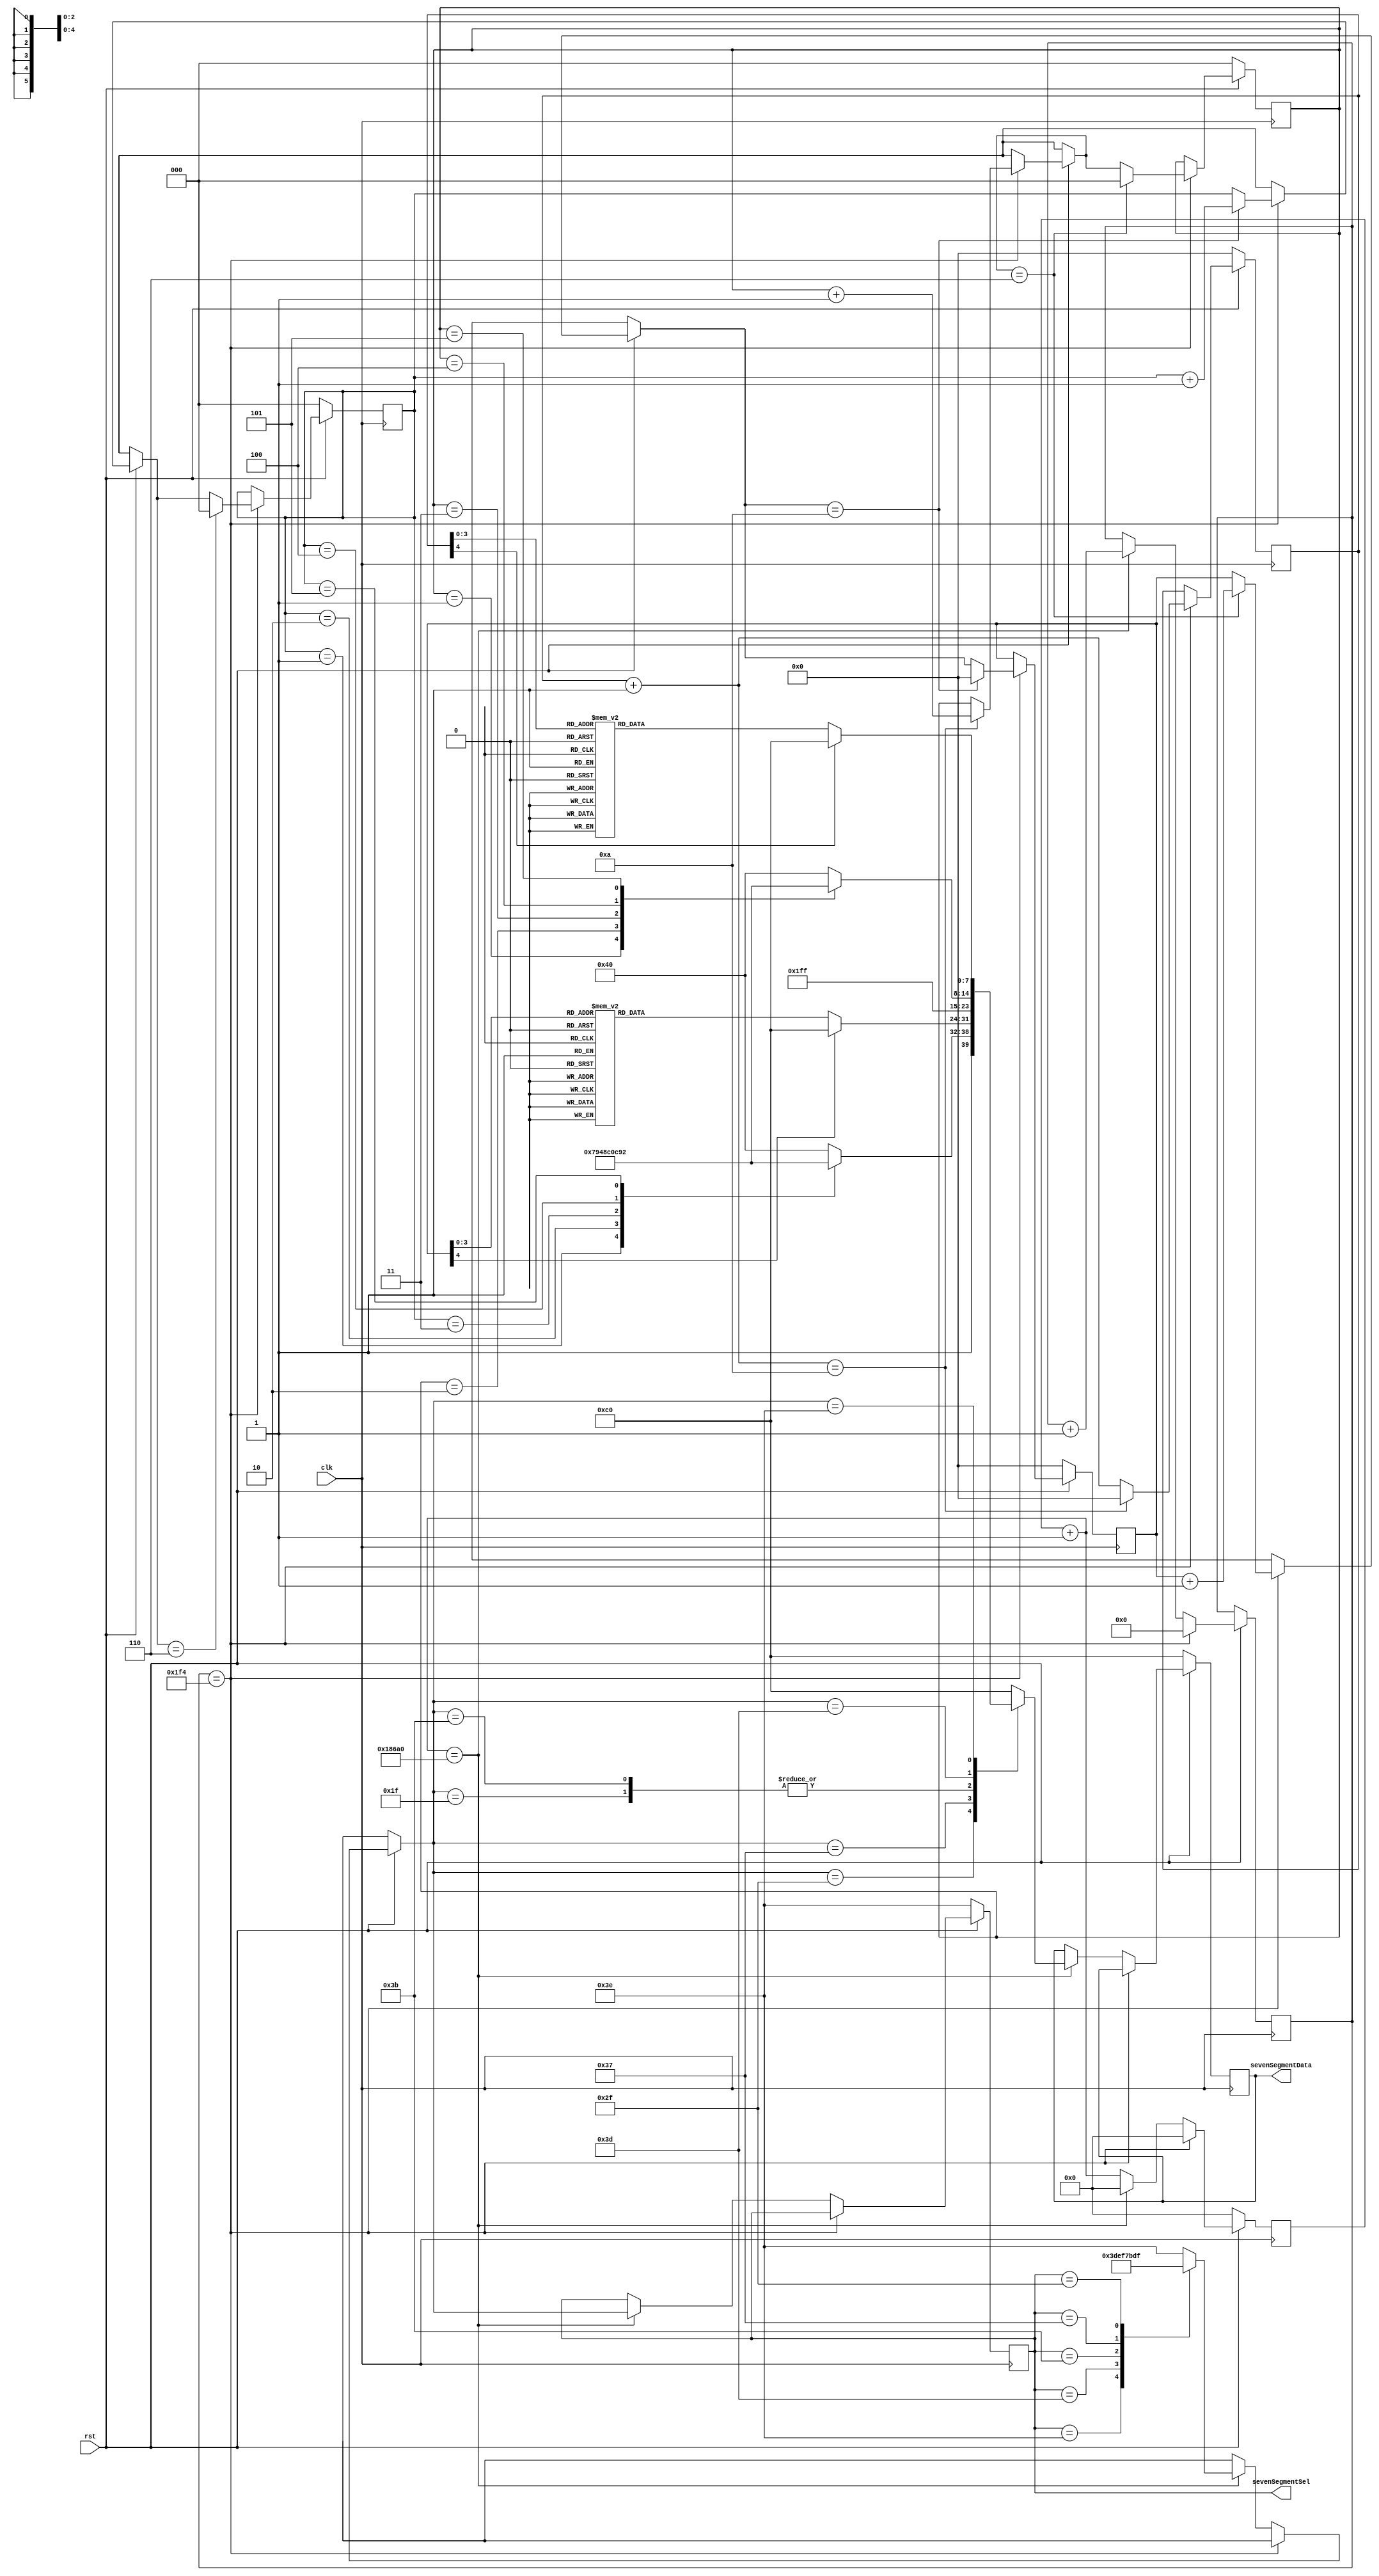
`define TimeExpire 100000
`define zero	8'b11000000
`define one		8'b11111001
`define two		8'b10100100
`define three	8'b10110000
`define four	8'b10011001
`define five	8'b10010010
`define six		8'b10000010
`define seven	8'b11011000
`define eight	8'b10000000
`define nine	8'b10010000
`define h		8'b11111111
module clock(clk, rst, sevenSegmentSel, sevenSegmentData);

input clk, rst;
output [5:0]sevenSegmentSel;
output [7:0]sevenSegmentData;
reg [5:0]sevenSegmentSel;
reg [7:0]sevenSegmentData;
reg [31:0]delay;
reg [2:0]min_10 = 3'd0;
reg [4:0]min = 5'd0;
reg [2:0]sec_10 = 3'd0;
reg [4:0]sec = 5'd0;
reg [9:0]flag;

always@(posedge clk)
begin
	if(!rst)
	begin
		sevenSegmentSel = 6'b111110;
		sevenSegmentData = `zero;
		delay = 25'd0;
		min_10 = 3'd0;
		min = 5'd0;
		sec_10 = 3'd0;
		sec = 5'd0;
	end
	else
	begin
		delay = delay + 1'd1;
		if(flag == 500)
		begin
			flag = 10'd0;
			delay = 32'd0;
			sec = sec + 1'd1;
			if(sec == 10)
			begin
				sec = 5'd0;
				sec_10 = sec_10 + 1'd1;
			end
			if(sec_10 == 6)
			begin
				sec_10 = 3'd0;
				min = min + 1'd1;
			end
			if(min == 10)
			begin
				min = 5'd0;
				min_10 = min_10 + 1'd1;
			end
			if(min_10 == 6)
				min_10 = 3'd0;
		end
		else if(delay == `TimeExpire)
		begin
			flag = flag + 1'd1;
			delay = 32'd0;
			case(sevenSegmentSel)
				6'b111110 : sevenSegmentSel = 6'b111101 ;
				6'b111101 : sevenSegmentSel = 6'b111011 ;
				6'b111011 : sevenSegmentSel = 6'b110111 ;
				6'b110111 : sevenSegmentSel = 6'b101111 ;
				6'b101111 : sevenSegmentSel = 6'b011111 ;
				6'b011111 : sevenSegmentSel = 6'b111110 ;
				default: sevenSegmentSel = 6'b111110 ;
			endcase
			case(sevenSegmentSel)
				6'b011111 : sevenSegmentData = 8'b11111111;
				6'b101111 : begin
									case(min_10)
									6'd0 : sevenSegmentData = `zero;
									6'd1 : sevenSegmentData = `one;
									6'd2 : sevenSegmentData = `two;
									6'd3 : sevenSegmentData = `three;
									6'd4 : sevenSegmentData = `four;
									6'd5 : sevenSegmentData = `five;
									default : sevenSegmentData = `zero;
									endcase
								end
				6'b110111 : begin
									case(min)
									6'd0 : sevenSegmentData = `zero;
									6'd1 : sevenSegmentData = `one;
									6'd2 : sevenSegmentData = `two;
									6'd3 : sevenSegmentData = `three;
									6'd4 : sevenSegmentData = `four;
									6'd5 : sevenSegmentData = `five;
									6'd6 : sevenSegmentData = `six;
									6'd7 : sevenSegmentData = `seven;
									6'd8 : sevenSegmentData = `eight;
									6'd9 : sevenSegmentData = `nine;
									default : sevenSegmentData = `zero;
									endcase
								end
				6'b111011 : sevenSegmentData = `h;
				6'b111101 : begin
									case(sec_10)
									6'd0 : sevenSegmentData = `zero;
									6'd1 : sevenSegmentData = `one;
									6'd2 : sevenSegmentData = `two;
									6'd3 : sevenSegmentData = `three;
									6'd4 : sevenSegmentData = `four;
									6'd5 : sevenSegmentData = `five;
									default : sevenSegmentData = `zero;
									endcase
								end
				6'b111110 : begin
									case(sec)
									6'd0 : sevenSegmentData = `zero;
									6'd1 : sevenSegmentData = `one;
									6'd2 : sevenSegmentData = `two;
									6'd3 : sevenSegmentData = `three;
									6'd4 : sevenSegmentData = `four;
									6'd5 : sevenSegmentData = `five;
									6'd6 : sevenSegmentData = `six;
									6'd7 : sevenSegmentData = `seven;
									6'd8 : sevenSegmentData = `eight;
									6'd9 : sevenSegmentData = `nine;
									default : sevenSegmentData = `zero;
									endcase
								end
				default : sevenSegmentData = `zero;
			endcase
		end
	end
end
endmodule